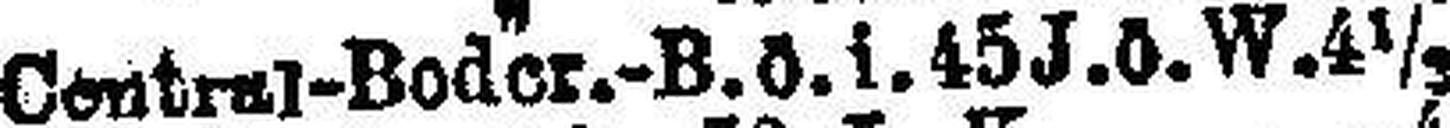
Central-Boder.-B. ö. i .45 J. ö. W. 4 ½